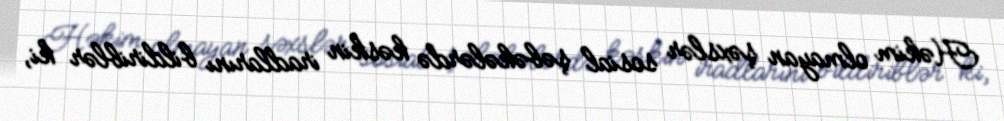
Həkim olmayan şəxslər sosial şəbəkələrdə kəskin iradlarını bildiriblər ki,